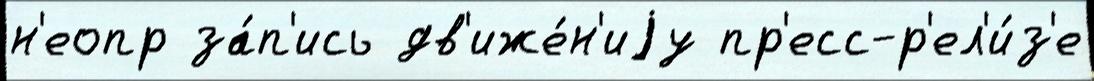
н'еопр за́п'ись дв'иже́н'иjу пр'есс-р'ел'и́з'е